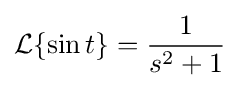
{\mathcal {L}}\{\sin t\}={\frac {1}{s^{2}+1}}